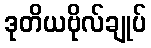
ဒုတိယဗိုလ်ချုပ်